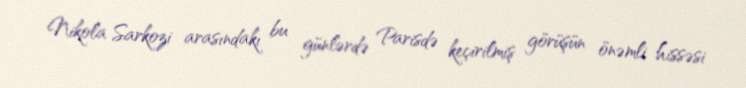
Nikola Sarkozi arasındakı bu günlərdə Parisdə keçirilmiş görüşün önəmli hissəsi